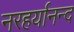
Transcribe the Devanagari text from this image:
नरहर्यानन्द